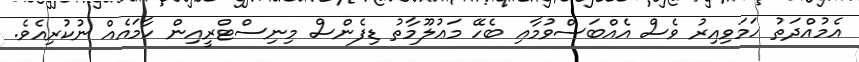
އެމުއްދަތު ހަމަވިއިރު ވެސް އެއްބަސްވުމާއި ބެހޭ މަޢުލޫމާތު ޑިފެންސް މިނިސްޓްރީއިން ހާމައެއް ނުކުރިއެވެ.